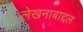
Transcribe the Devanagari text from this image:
लेखनाबाद्दल